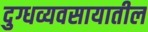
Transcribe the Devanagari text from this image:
दुग्धव्यवसायातील